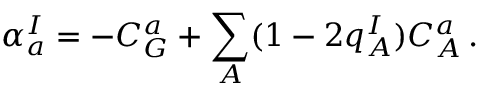
\alpha _ { a } ^ { I } = - C _ { G } ^ { a } + \sum _ { A } ( 1 - 2 q _ { A } ^ { I } ) C _ { A } ^ { a } \, .